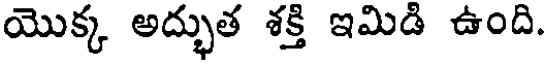
యొక్క అద్భుత శక్తి ఇమిడి ఉంది.